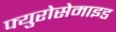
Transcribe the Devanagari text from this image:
फ्युरोसेमाइड